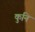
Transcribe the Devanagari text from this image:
कुनि